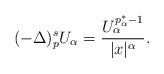
LaTeX: \begin{align*}(-\Delta)_p^s U_\alpha = \frac{ U_\alpha^{p^*_\alpha-1}}{|x|^\alpha}.\end{align*}